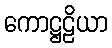
ကောဋ္ဌဠိယာ